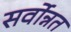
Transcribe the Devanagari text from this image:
सर्वोन्नत